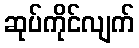
ဆုပ်ကိုင်လျက်